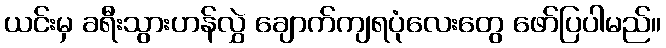
ယင်းမှ ခရီးသွားဟန်လွှဲ ချောက်ကျရပုံလေးတွေ ဖော်ပြပါမည်။